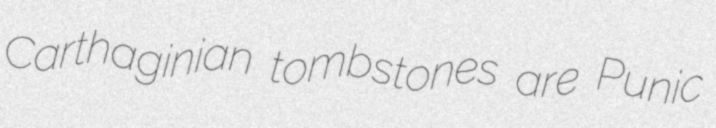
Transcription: Carthaginian tombstones are Punic